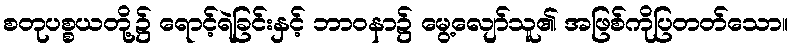
စတုပစ္စယတို့၌ ရောင့်ရဲခြင်းနှင့် ဘာဝနာ၌ မွေ့လျော်သူ၏ အဖြစ်ကိုပြတတ်သော။